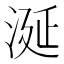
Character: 涎